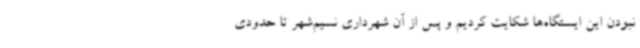
نبودن این ایستگاه‌ها شکایت کردیم و پس از آن شهرداری نسیم‌شهر تا حدودی